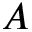
A